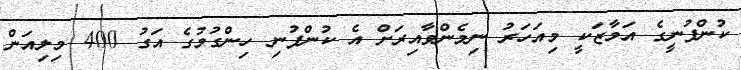
ކުންފުނީގެ އަމާޒަކީ މިއަހަރު ނިމެންވާއިރަށް އެ ކުންފުނި ހިންގުމުގެ އަގު 400 މިލިއަން